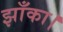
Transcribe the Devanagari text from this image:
झाँका।